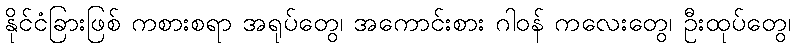
နိုင်ငံခြားဖြစ် ကစားစရာ အရုပ်တွေ၊ အကောင်းစား ဂါဝန် ကလေးတွေ၊ ဦးထုပ်တွေ၊